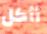
أأكل